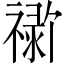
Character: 𬓗